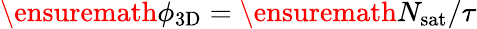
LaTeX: \ensuremath{\phi_{\mathrm{3D}}}=\ensuremath{N_{\mathrm{sat}}}/\tau